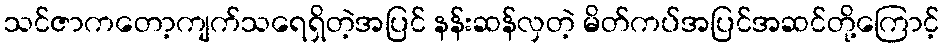
သင်ဇာကတော့ကျက်သရေရှိတဲ့အပြင် နန်းဆန်လှတဲ့ မိတ်ကပ်အပြင်အဆင်တို့ကြောင့်